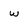
Character: w